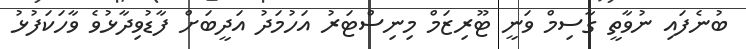
ބުނެފައި ނުވާތީ ގާސިމް ވަނީ ޓޫރިޒަމް މިނިސްޓަރު އަހުމަދު އަދީބަށް ފާޑުވިދާޅުވެ ވާހަކަފުޅު